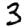
Digit: 3